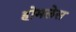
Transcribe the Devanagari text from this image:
होमलेस